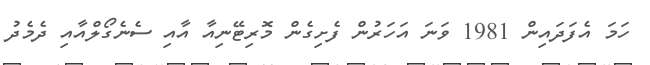
ހަމަ އެފަދައިން 1981 ވަނަ އަހަރުން ފެށިގެން މޮރިޓޭނިއާ އާއި ސެނެގޯލްއާއި ދެމެދު